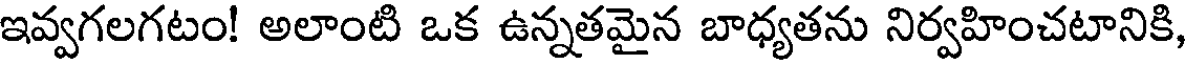
ఇవ్వగలగటం! అలాంటి ఒక ఉన్నతమైన బాధ్యతను నిర్వహించటానికి,